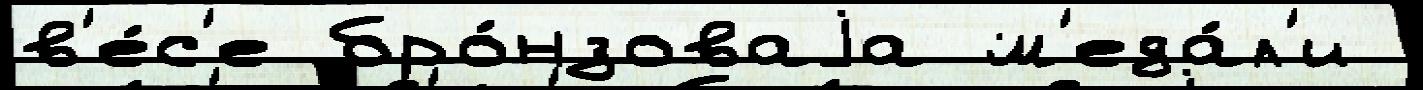
в'е́с'е бро́нзоваjа м'еда́л'и